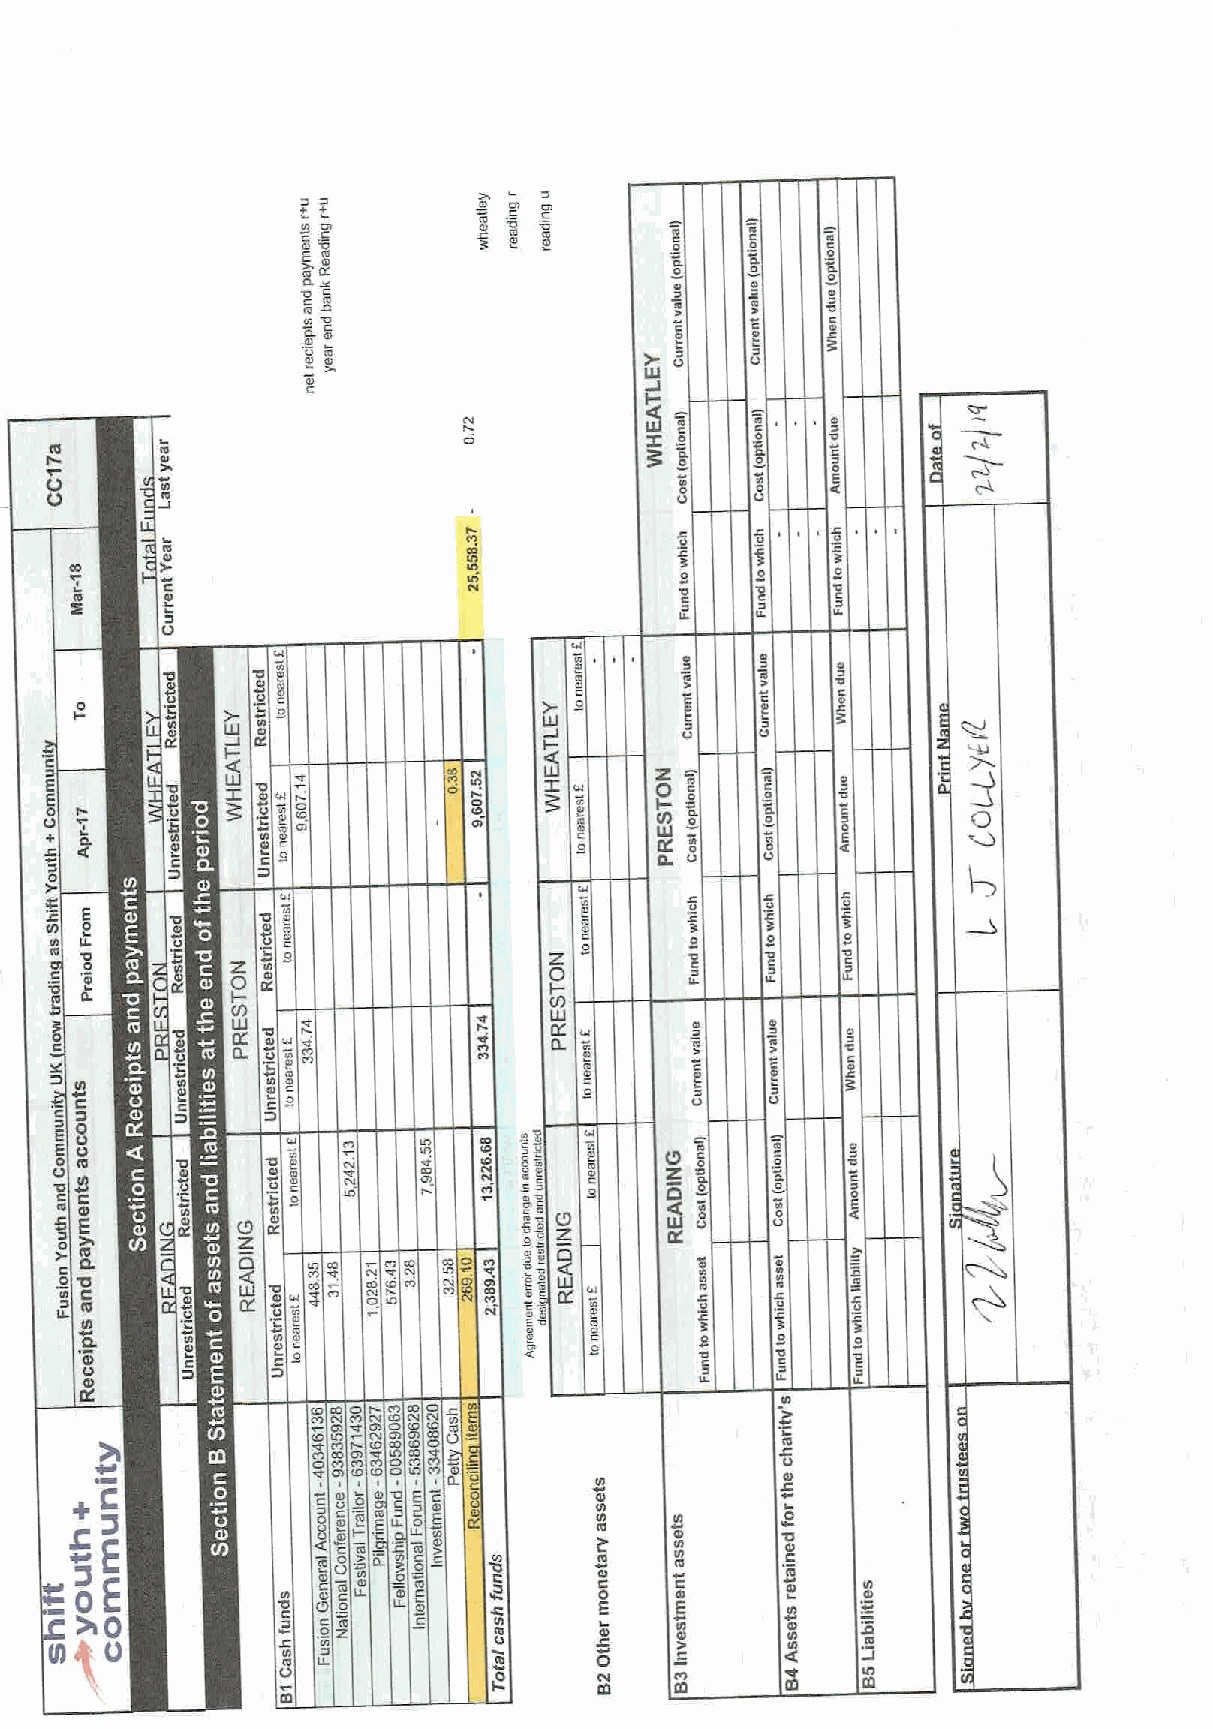
+ +           Ot
 RDp                     l0 0l
 E g
 KN
 St
 'D0
 4I
 I
 E
 CLl
 Ca
 ki
 la                  Cl                      0
 al
 0                                      00
 44
 0
 l0a                               S 3  Z 3  3
 S    0    D
 sat                                     40!  'O C
 IL
 D
 0
 0    4I
 al
 0                C
 0           O
 LU
 0
 OE E I      Uxj  CI         I C C0a l 44 Q I 40 48 4 C0 0
 CO
 CL    N0
 S. 8
 0
 0    0
 Z E     44
 04 IE L E                                  0    0    0
 44 104  'S      0                          0         'l0l
 0
 43  I-                             I         IL
 IL
 V)
 '0  I KU
 44
 4I
 5
 '0
 b ~ CL                                      0
 8                                 0
 0                   B
 0
 C
 E 3 ~
 E
 0 44           8
 C I0OO SS          I
 C0
 '0
 0
 V '0 0 I        4 0I         OI E               0    0
 la                             Dg              08
 g)
 0
 CI   3
 0                   CC         yX
 I(D4           44
 0                   CI             3      3
 E      33   33
 0
 0                   O           C0l  '0
 C
 0
 CI I
 CO Dl
 I c COa 4N 3
 ~4       OC
 C0O! 44         8
 ~C
 CI
 0                     8
 4I                            '0
 vP               ID 0
 4E
 C    N
 0
 Ro            C
 4IC 0O
 3
 0
 0IL
 IL
 C0
 E
 C
 8
 0Zaf        fa                 0
 0/0               Ol          CI
 aN l IL             O
 LI             0
 IS
 IS